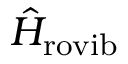
\hat { H } _ { \mathrm { r o v i b } }